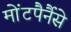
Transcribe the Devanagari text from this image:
मोंटपैर्नैसे